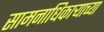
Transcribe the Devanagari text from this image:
सामनाधिकार्‍याच्या